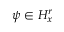
\psi \in H _ { x } ^ { r }